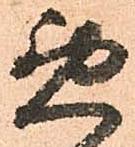
悪